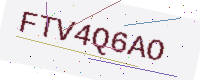
Text: FTV4Q6AO